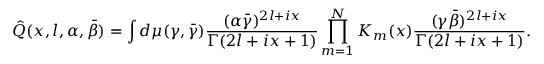
\hat { Q } ( x , l , \alpha , \bar { \beta } ) = \int d \mu ( \gamma , \bar { \gamma } ) \frac { ( \alpha \bar { \gamma } ) ^ { 2 l + i x } } { \Gamma ( 2 l + i x + 1 ) } \prod _ { m = 1 } ^ { N } K _ { m } ( x ) \frac { ( \gamma \bar { \beta } ) ^ { 2 l + i x } } { \Gamma ( 2 l + i x + 1 ) } .